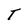
Character: T